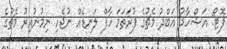
ފޮޓޯ: އަޝްހާދު އަބްދު މެޗުގެ ފުރަތަމަ ހާފް ލަނޑެއް ނުޖެހި ނިމުނުއިރު މެޗުގެ